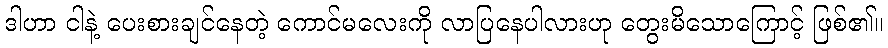
ဒါဟာ ငါနဲ့ ပေးစားချင်နေတဲ့ ကောင်မလေးကို လာပြနေပါလားဟု တွေးမိသောကြောင့် ဖြစ်၏။